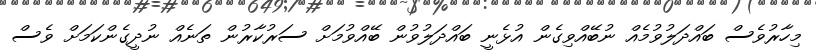
މިހާރުވެސް ބައްދަލުވުމެއް ނުބޭއްވިގެން އުޅެނީ ބައްދަލުވުން ބޭއްވުމަށް ސަރުކާރުން ތަނެއް ނުދީގެންކަމަށް ވެސް